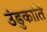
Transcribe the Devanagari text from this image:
उंडुकार्ति